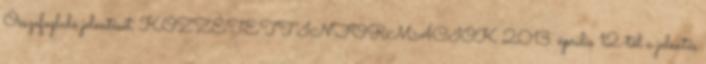
Összefoglaló jelentését. KÖZZÉTETT INFORMÁCIÓK 2013. április 12-től a jelentés